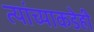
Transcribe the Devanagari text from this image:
त्यांच्याकडेही